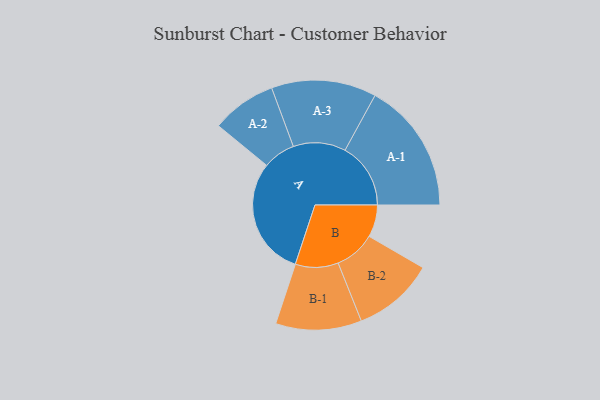
{"axis": {"x": "Segment", "y": "Value"}, "legend": ["", "A", "B"], "data": [{"x": "A", "y": 498, "type": ""}, {"x": "B", "y": 135, "type": ""}, {"x": "A-1", "y": 275, "type": "A"}, {"x": "A-2", "y": 136, "type": "A"}, {"x": "A-3", "y": 220, "type": "A"}, {"x": "B-1", "y": 180, "type": "B"}, {"x": "B-2", "y": 171, "type": "B"}]}